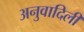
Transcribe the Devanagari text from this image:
अनुवादिली